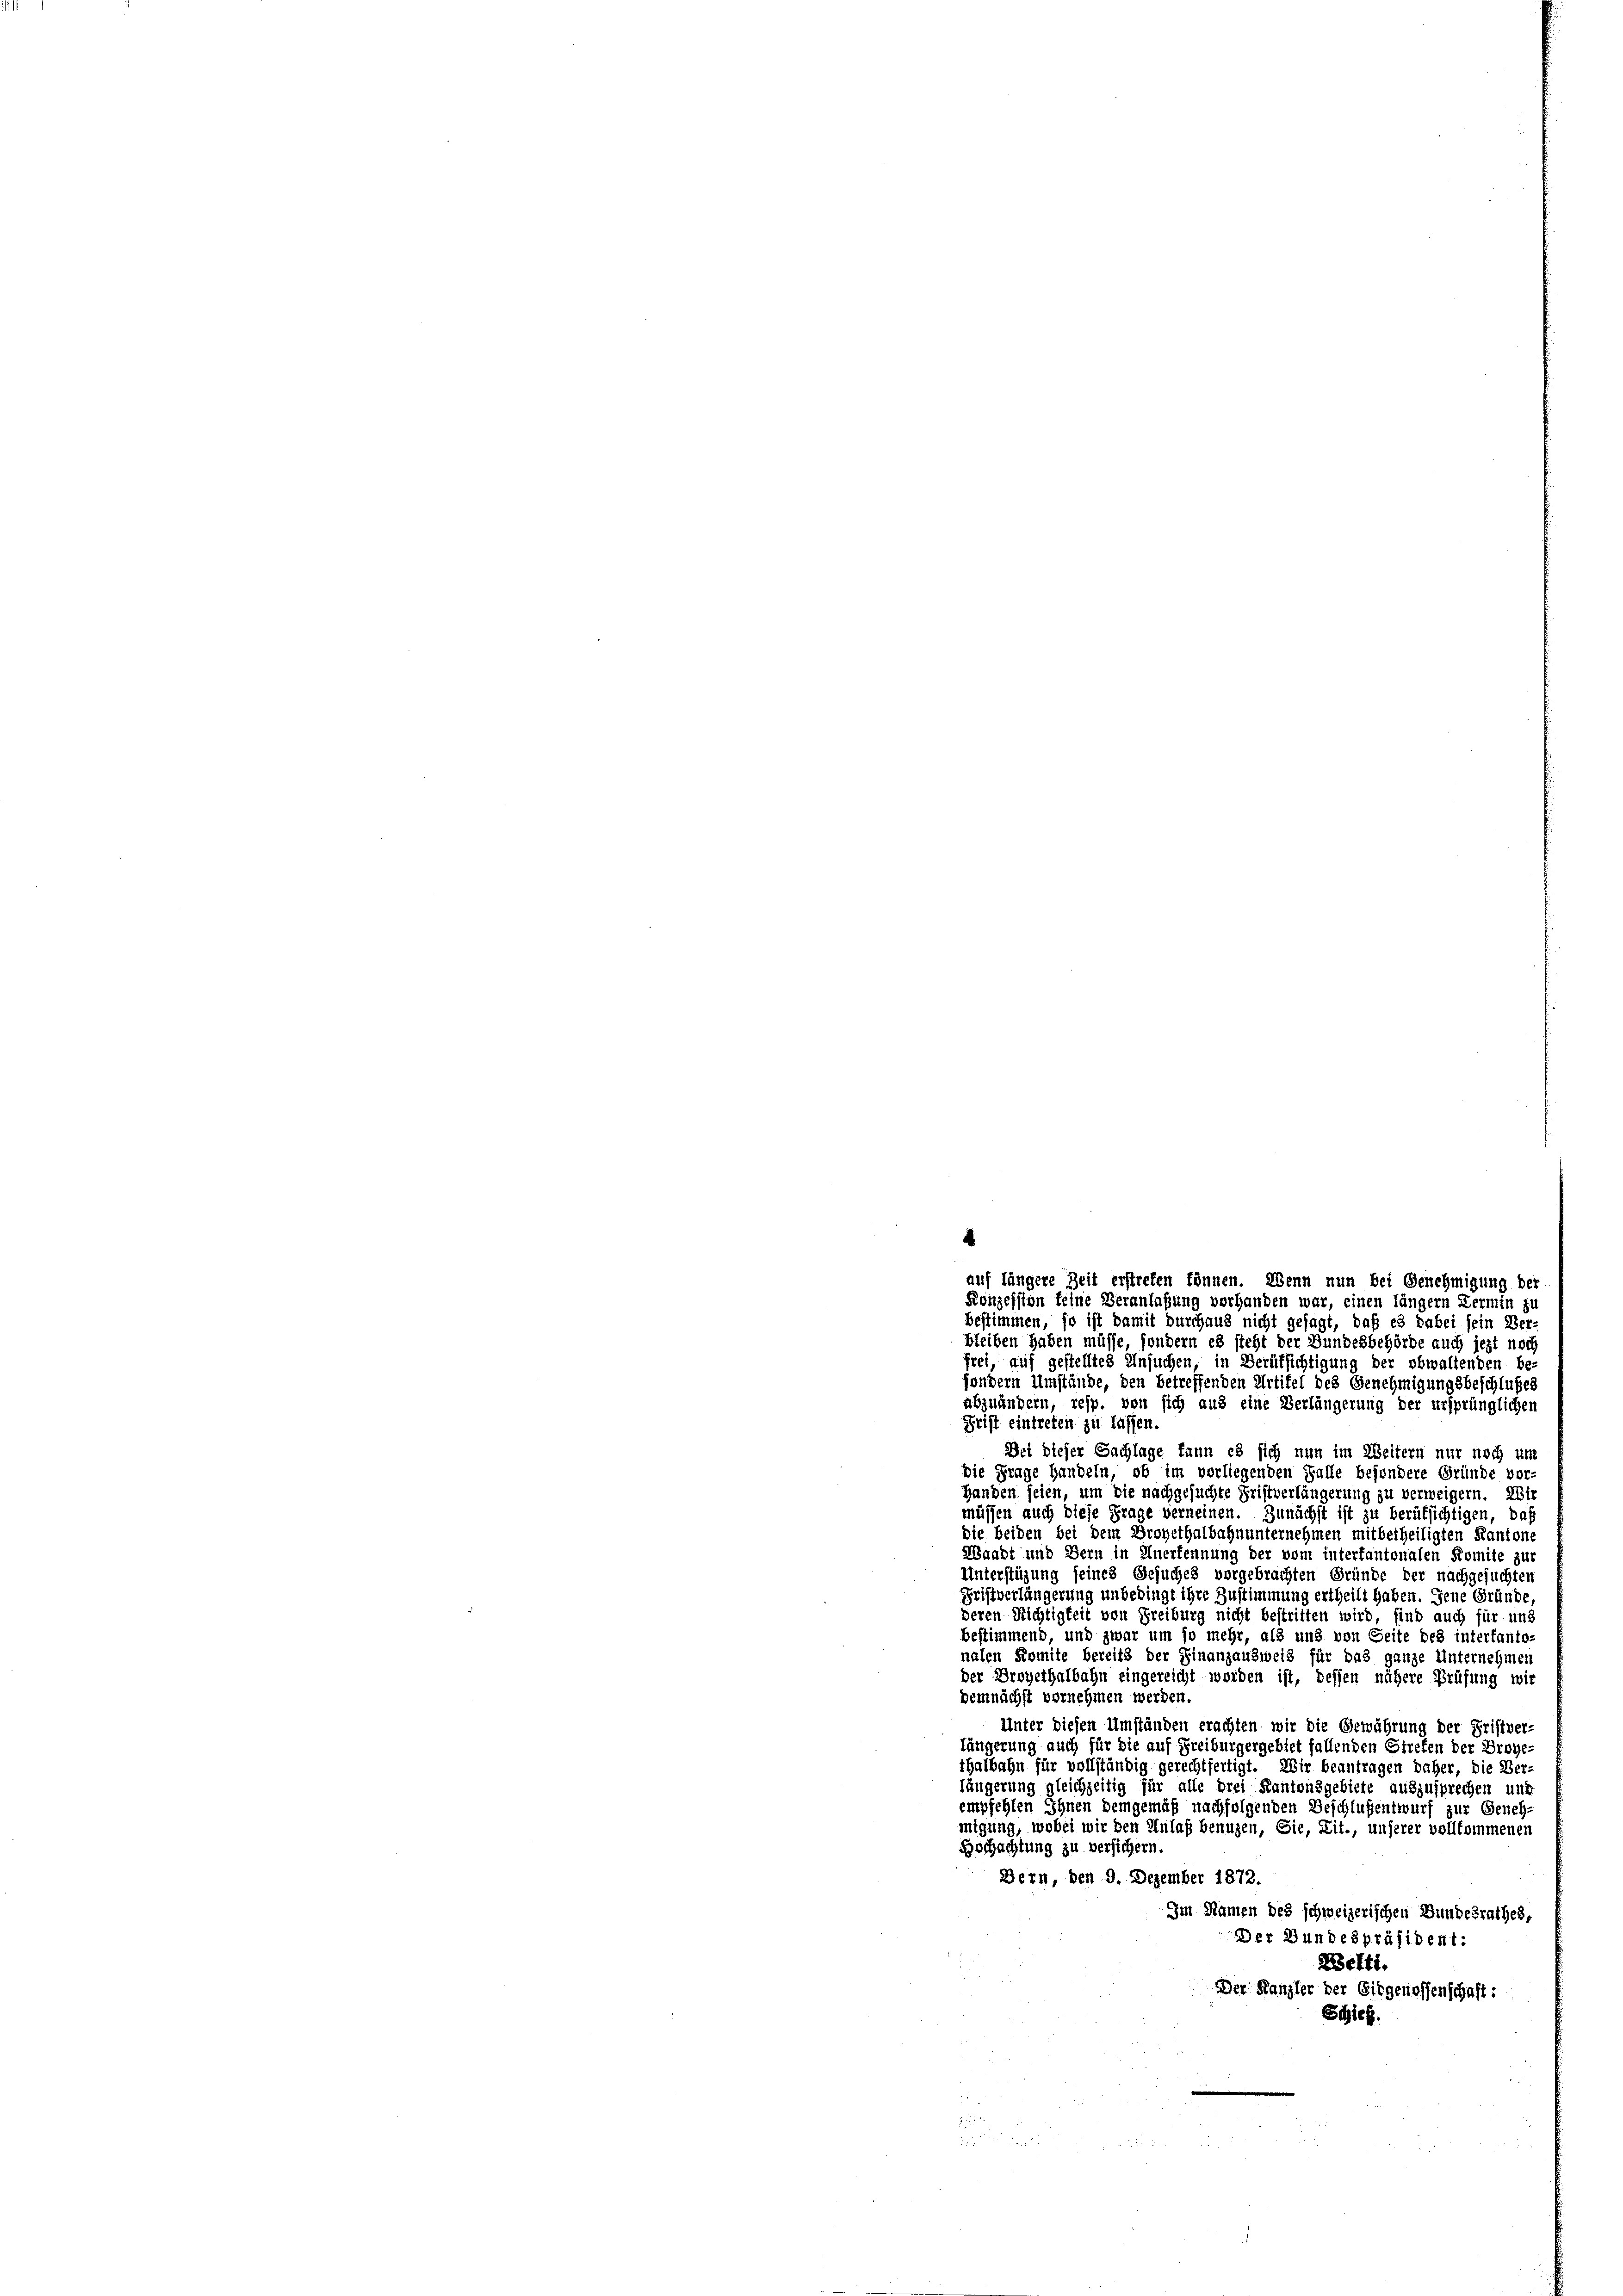
d
auf längere Zeit erstreten können. Wenn nun bei Genehmigung der
Konzession keine Veranlaßung vorhanden war, einen längern Zermin zu
bestimmen, so ist damit durchaus nicht gesagt, daß es dabei sein Ver-
bleiben haben müsse, sondern es steht der Bundesbehörde auch jezt noch

frei, auf gestelltes Ansuchen, in Berufsichtigung der obwaltenden be-
sondern Umstände, den betreffenden Artikel des Genehmigungsbeschlußes
abzuändern, resp. von sich aus eine Verlängerung der ursprünglichen
Frist eintreten zu lassen.
Dei dieser Sachlage kann es sich nun im Weitern nur noch um
die Frage handeln, ob im vorliegenden Falle besondere Gründe vor-
Handen seien, um die nachgesuchte Fristverlängerung zu verweigern. Wir
müssen auch diese Frage verneinen. Zunächst ist zu berufsichtigen, daß
die beiden bei dem Broyethalbahnunternehmen mitbetheiligten Kantone
Waadt und Bern in Anerkennung der vom interfantonalen Komite zur
Unterstüzung seines Gesuches vorgebrachten Gründe der nachgesuchten
Fristverlängerung unbedingt ihre Zustimmung ertheilt haben. Jene Gründe
deren Richtigkeit von Freiburg nicht bestritten wird, sind auch für und
bestimmend, und zwar um so mehr, als und von Seite des intertanto
nalen Komite bereits der Finanzausweis für das ganze Unternehmen
der Droyethalbahn eingereicht worden ist, dessen nähere Prüfung wir
demnächst vernehmen werden.
Unter diesen Umständen erachten wir die Gewährung der Fristver-
fängerung auch für die auf Freiburgergebiet fallenden Streten der Droye
thalbahn für vollständig gerechtfertigt. Wir beantragen daher, die Ber
längerung gleichzeitig für alle drei Kantonsgebiete auszusprechen und
empfehlen Ihnen demgemäß nachfolgenden Beschlußentwurf zur Geneh-
migung, wobei wir den Anlaß benuzen, Sie, Lit., unserer vollkommenen
Bochachtung zu versichern.
Dern, den 9. Dezember 1872.
Im Namen des schweizerischen Bundesrathes,
Der Bundespräsident:
Welti.
Der Kanzler der Girgenossenschaft:
Schied.

.
2